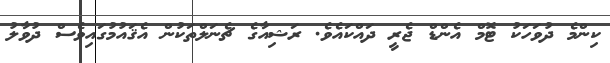
ކިންމެ ދުވަހަކު ޓޮމް އެންޑް ޖެރީ ދައްކައެވެ. ރަޝިއާގެ ޗެނަލްތަކުން އެޤައުމުގައިވެސް ދުވާލު